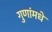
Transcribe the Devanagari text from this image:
गुणांमधे